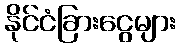
နိုင်ငံခြားငွေများ